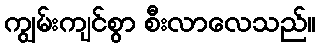
ကျွမ်းကျင်စွာ စီးလာလေသည်။